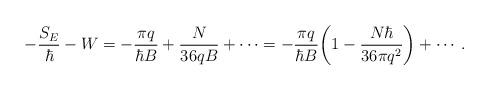
LaTeX: \begin{align*}-\frac{S_{E}}{\hbar}-W= -\frac{\pi q}{\hbar B }+\frac{N}{36qB}+\cdots=-\frac{\pi q}{\hbar B}\biggl(1-\frac{N\hbar}{36\pi q^2}\biggr)+\cdots .\end{align*}